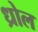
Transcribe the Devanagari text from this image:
ध्रोल